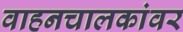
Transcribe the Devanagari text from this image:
वाहनचालकांवर